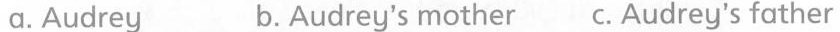
a.Audrey b.Audrey's mother c.Audrey's father